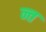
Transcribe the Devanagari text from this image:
न्त